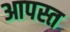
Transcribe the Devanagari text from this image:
आपस्त